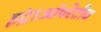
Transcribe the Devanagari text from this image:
इंट्राऑपरेटीव